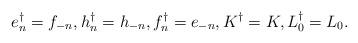
LaTeX: \begin{align*}e_n^{\dag} = f_{-n}, h_n^{\dag} = h_{-n}, f_n^{\dag} = e_{-n}, K^{\dag} = K, L_0^{\dag} = L_0.\end{align*}